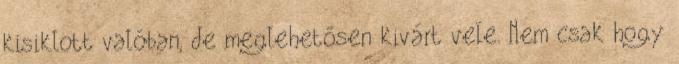
kisiklott valóban, de meglehetősen kivárt vele. Nem csak hogy